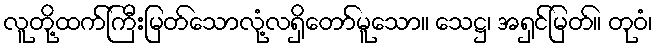
လူတို့ထက်ကြီးမြတ်သောလုံ့လရှိတော်မူသော။ သေဋ္ဌ၊ အရှင်မြတ်။ တုဝံ၊